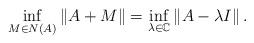
LaTeX: \begin{align*}\mathop {\inf }\limits_{M \in N\left( A \right)} \left\| {A + M} \right\| = \mathop {\inf }\limits_{\lambda \in \mathbb{C}} \left\| {A - \lambda I} \right\|.\end{align*}